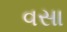
વસા